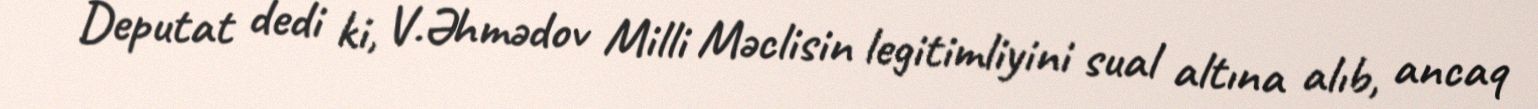
Deputat dedi ki, V.Əhmədov Milli Məclisin legitimliyini sual altına alıb, ancaq